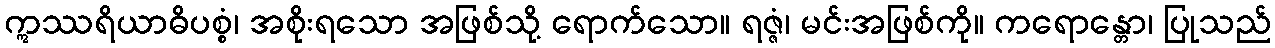
ဣဿရိယာဓိပစ္စံ၊ အစိုးရသော အဖြစ်သို့ ရောက်သော။ ရဇ္ဇံ၊ မင်းအဖြစ်ကို။ ကရောန္တော၊ ပြုသည်